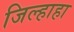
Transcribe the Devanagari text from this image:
जिल्हाहा